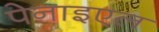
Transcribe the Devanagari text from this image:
पेनाइएल